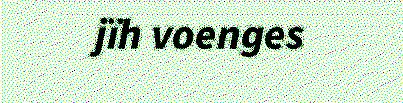
jïh voenges